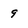
Character: 9